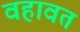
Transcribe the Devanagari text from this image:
वहावत